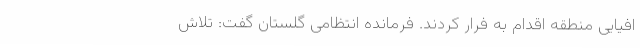
افیایی منطقه اقدام به فرار کردند. فرمانده انتظامی گلستان گفت: تلاش